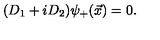
( D _ { 1 } + i D _ { 2 } ) { \psi } _ { + } ( \vec { x } ) = 0 .